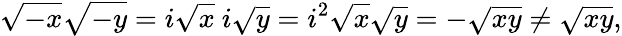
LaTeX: {\sqrt{-x}}{\sqrt{-y}}=i{\sqrt{x}}\ i{\sqrt{y}}=i^{2}{\sqrt{x}}{\sqrt{y}}=-{\sqrt{xy}}\neq{\sqrt{xy}},